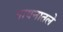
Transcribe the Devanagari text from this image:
गायनातले